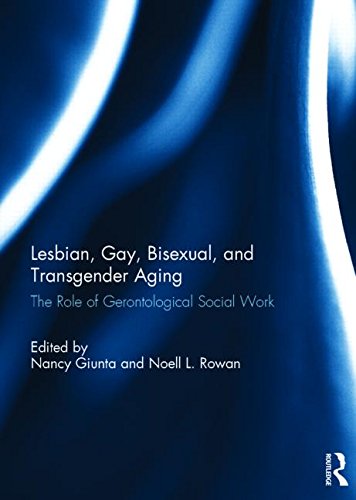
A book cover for Lesbian, Gay, Bisexual, and Transgender Aging: The Role of Gerontological Social Work; Gay & Lesbian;